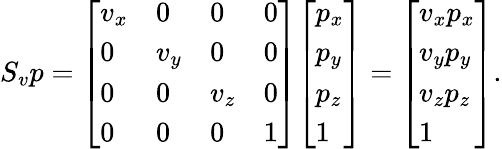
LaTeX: S_{v}p={\left[\begin{array}{llll}{v_{x}}&{0}&{0}&{0}\\ {0}&{v_{y}}&{0}&{0}\\ {0}&{0}&{v_{z}}&{0}\\ {0}&{0}&{0}&{1}\end{array}\right]}{\left[\begin{array}{l}{p_{x}}\\ {p_{y}}\\ {p_{z}}\\ {1}\end{array}\right]}={\left[\begin{array}{l}{v_{x}p_{x}}\\ {v_{y}p_{y}}\\ {v_{z}p_{z}}\\ {1}\end{array}\right]}.